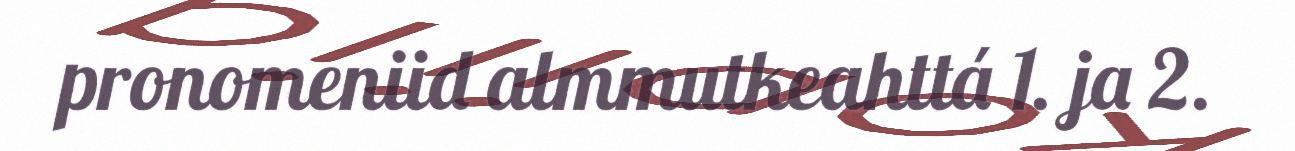
pronomeniid almmutkeahttá 1. ja 2.